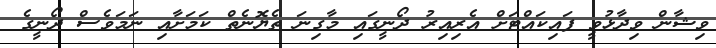
ވިޝާން ވިދާޅުވީ ފައިކައްޓަށް އެރިއިރު ދޯނީގައި މާގިނަ ތެޔޮނެތް ކަމަށާއި ނަމަވެސް ދޯނީގެ